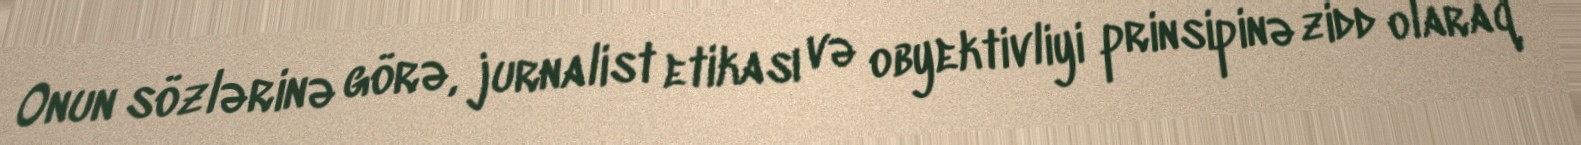
Onun sözlərinə görə, jurnalist etikası və obyektivliyi prinsipinə zidd olaraq